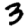
Digit: 3